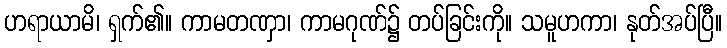
ဟရာယာမိ၊ ရှက်၏။ ကာမတဏှာ၊ ကာမဂုဏ်၌ တပ်ခြင်းကို။ သမူဟကာ၊ နုတ်အပ်ပြီ။